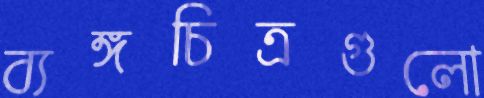
ব্যঙ্গচিত্রগুলো